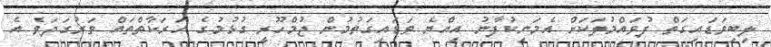
ލިބިވަޑައިގަތް ފުވައްމުލަކަށް އެމަނިކުފާނު އިއްޔެ ވަޑައިގަތުމުން ޖުމްހޫރީ ގުޅުމުގެ ހަރަކާތްތައް ވަރުގަދަވެ އެ